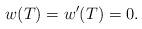
LaTeX: \begin{align*}w(T)=w'(T)=0 .\end{align*}